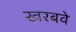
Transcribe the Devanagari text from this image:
खरबवे